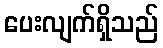
ပေးလျက်ရှိသည်